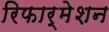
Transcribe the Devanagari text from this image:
रिफार्मेशन